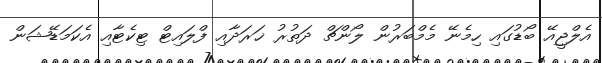
އެލްޖީއޭ ބޯޑުގައި ހިމެނޭ މެމްބަރުން ލޯންޗް ދަތުރު ޚަރަދާއި ފްލައިޓް ޓިކެޓާއި އެކަމަޑޭޝަން